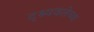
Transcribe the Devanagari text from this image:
दृश्यकलेच्या